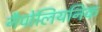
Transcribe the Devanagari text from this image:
नैपोलियनिक